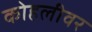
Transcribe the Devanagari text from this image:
कोहलीवर